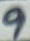
Text: 9